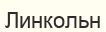
Линкольн